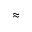
\approx